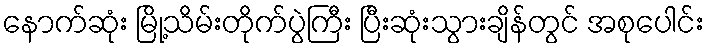
နောက်ဆုံး မြို့သိမ်းတိုက်ပွဲကြီး ပြီးဆုံးသွားချိန်တွင် အစုပေါင်း